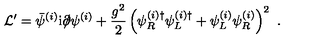
{ \cal L } ^ { \prime } = \bar { \psi } ^ { ( i ) } \mathrm { i } \partial \! \! \! / \psi ^ { ( i ) } + \frac { g ^ { 2 } } { 2 } \left( \psi _ { R } ^ { ( i ) \dagger } \psi _ { L } ^ { ( i ) \dagger } + \psi _ { L } ^ { ( i ) } \psi _ { R } ^ { ( i ) } \right) ^ { 2 } \ .